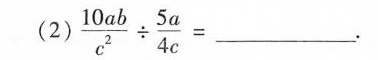
（2)$$\frac { 1 0 a b } { c ^ { 2 } } \div